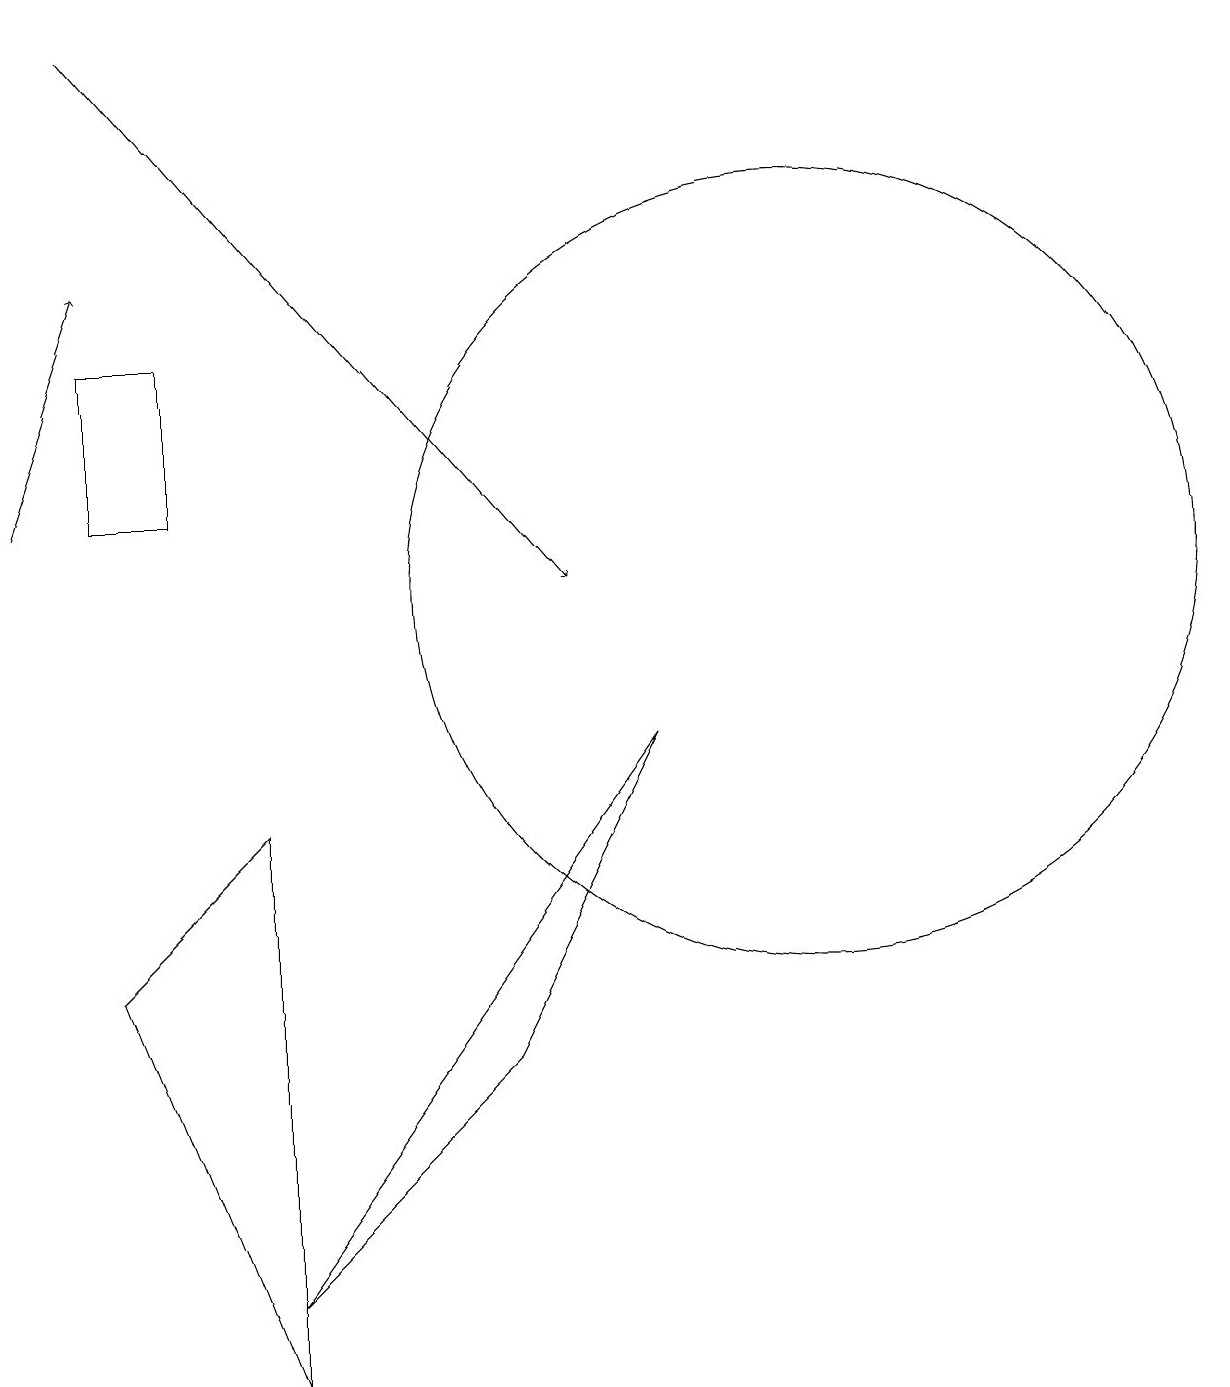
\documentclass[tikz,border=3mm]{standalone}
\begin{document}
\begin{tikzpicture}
\draw (9,9) -- (7,5) -- (4,2) -- cycle;
\draw[->] (2,18) -- (8,11);
\draw (11,11) circle (0);
\draw (11,11) circle (5);
\draw (4,8) -- (2,6) -- (4,1) -- cycle;
\draw (2,12) rectangle (3,14);
\draw[->] (1,12) -- (2,15);
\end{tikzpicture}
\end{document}